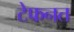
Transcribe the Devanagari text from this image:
टेफनत